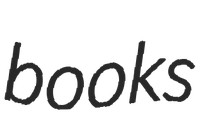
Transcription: books